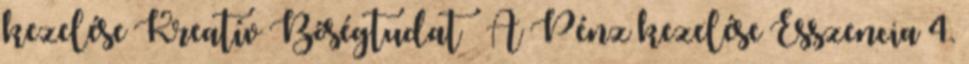
kezelése Kreatív Bőségtudat – A Pénz kezelése Esszencia 4.